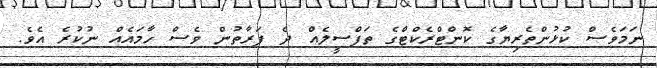
ނަމަވެސް ކުޅުންތެރިޔާގެ ކޮންޓްރެކްޓްގެ ތަފްސީލެއް ދެ ފަރާތުން ވެސް ހާމައެއް ނުކުރެ އެވެ.